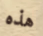
هذه